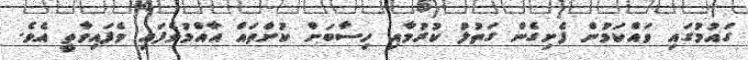
ގައުމުގައި ވައްކަމުން ފެށިގެން ގަތުލު ކުރުމާއި ހިސާބަށް ކުށްތައް އާއްމުވެފައި ވެފައިވާތީ އެވެ.